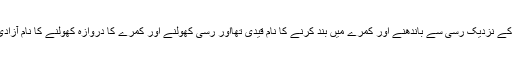
بیٹے کے نزدیک رسی سے باندھنے اور کمرے میں بند کرنے کا نام قیدی تھااور رسی کھولنے اور کمرے کا دروازہ کھولنے کا نام آزادی تھا ۔